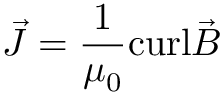
{ \vec { J } } = { \frac { 1 } { \mu _ { 0 } } } \mathrm { c u r l } { \vec { B } }